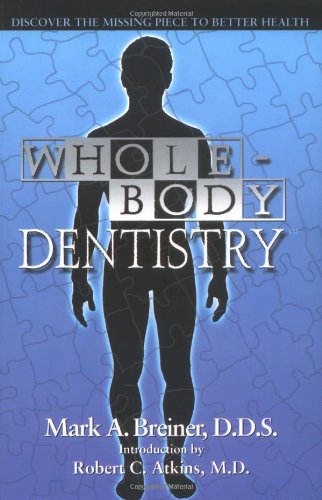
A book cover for Whole-Body Dentistry: Discover The Missing Piece To Better Health; Mark A. Breiner; Health, Fitness & Dieting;